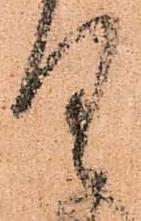
り